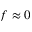
f \approx 0